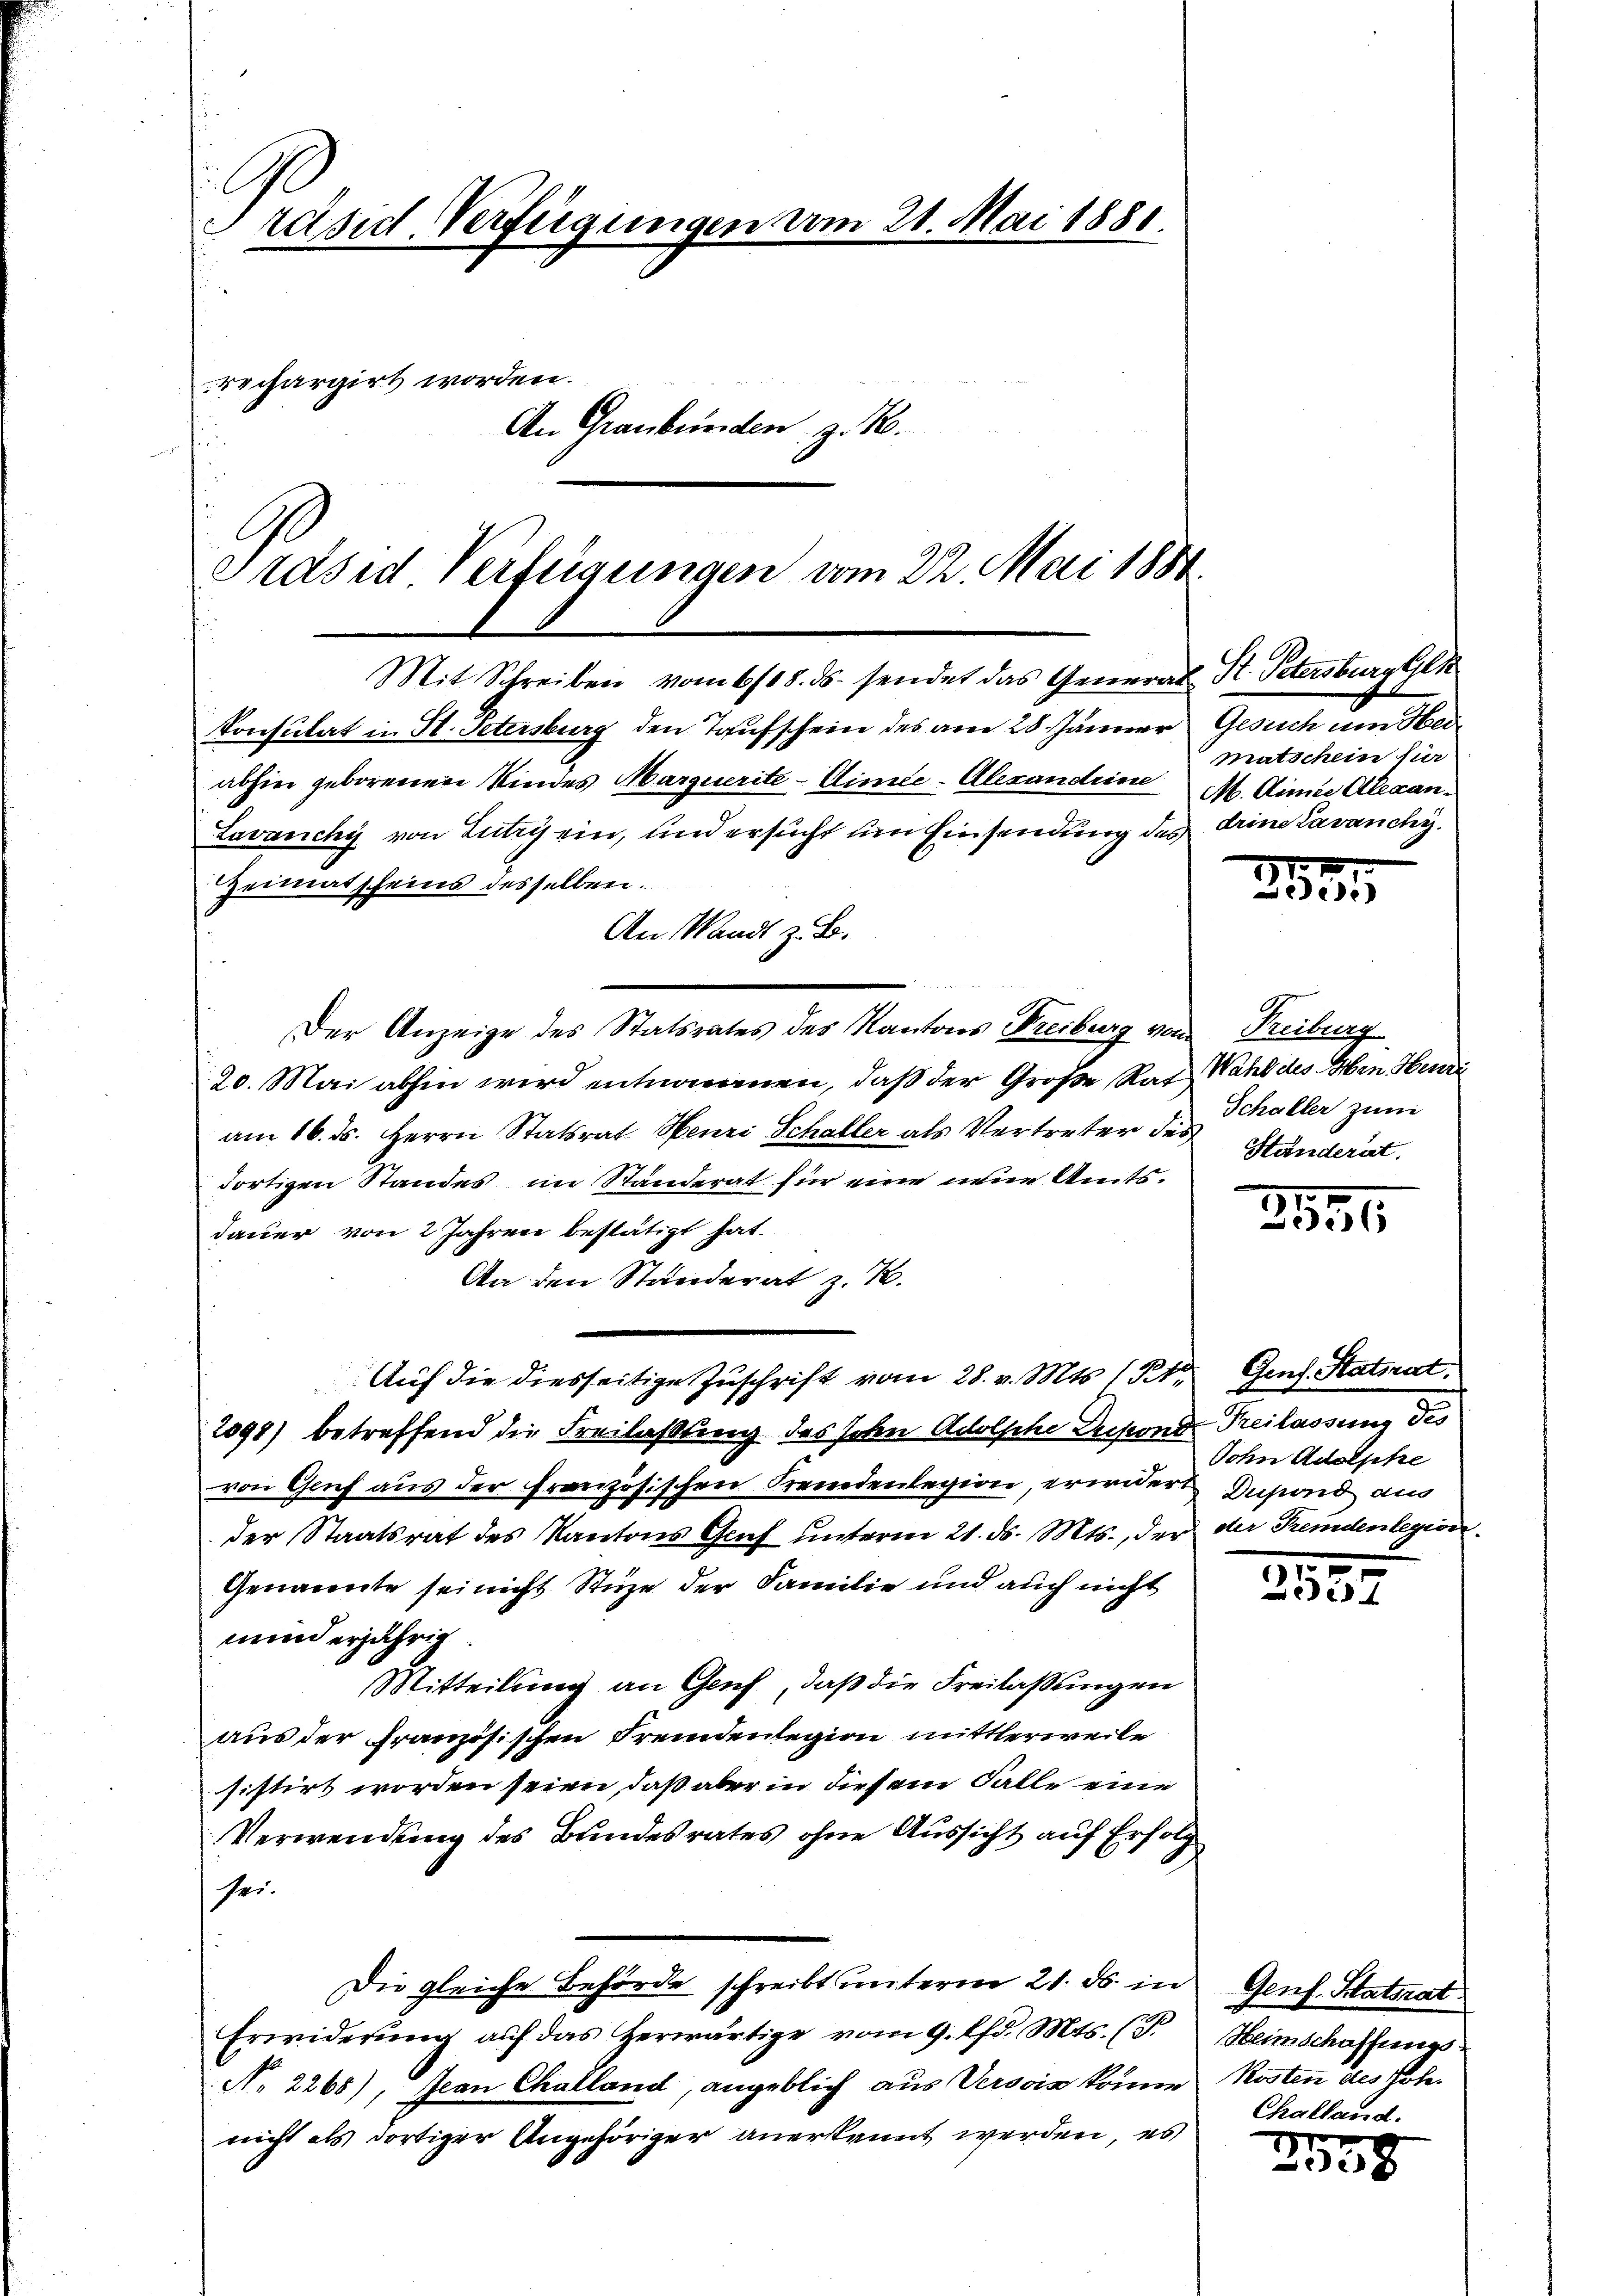
Präsid. Verfügungen vom 21. Mai 1881.
echargirt worden.
An Graubünden z. B.

Präsid Verfügungen vom 22. Mai 1884.

Mit Schreiben vom 6/18. ds. sendet das General St. Petersburg Gek
Consulat in St. Petersburg, den Taufschein des am 28. Jänner Gesich am Herabhin geborenen Kindes Marquerite-Simde-Alexandeine M. Ainie Alexan¬
Lavanchy von Lutry ein, und ersucht um Einsendung des drine Lavanchi¬
Heimatscheins desselben.
An Waadt z. B.
Der Anzeige des Statsrates des Kantons Freiburg von Freiburg
20. Mai abhin wird entnommen, daß der Große Rat Wahl des Men Hendi
am 16. ds. Herrn Statsrat. Heuri Schaller als Vertreter des Händerat.
dortigen Standes im Ständerat für eine eine Amtsdauer von 2 Jahren bestätigt hat.
An den Standerat z. K.
Auf die diesseitige Zuschrift vom 28. v. Mts. 1 Pk
2098) betreffend die Freilaßung des schen Adolsche Depond Freilassung des
von Genf aus der französischen Fremdenlegion, erwidert Dupond aus
der Staatsrat des Kantons Graf unterm 21. ds. Mts., der der Fremdenlegion
Genannte sei nicht Stuze der Familie und auch nicht
nund erjährig
Mitteilung an Genf, daß die Freilaßungen
aus der Französischen Fremdenlegion mittlerweile
sistirt worden seien, daß aber in diesem Falle eine
Verwendung des Bundesrates ohne Aussicht auf Erfolg
sei.
Die gleiche Behörde schreibt unterm 21. ds. in Genf. Staturat
Erwiderung auf das Herwärtige vom 9. lfd. Mts. (T. Heimschaffungs¬
No. 2268), Jean Challand, angeblich aus Versis kommen Kosten des Hohe
nicht als dortiger Angehöriger anerkannt werden, es

matschein für

253

Schaller zum

21371

Gens. Statsrat.
Sohn Adolphe

253.

Challand.

1
ede